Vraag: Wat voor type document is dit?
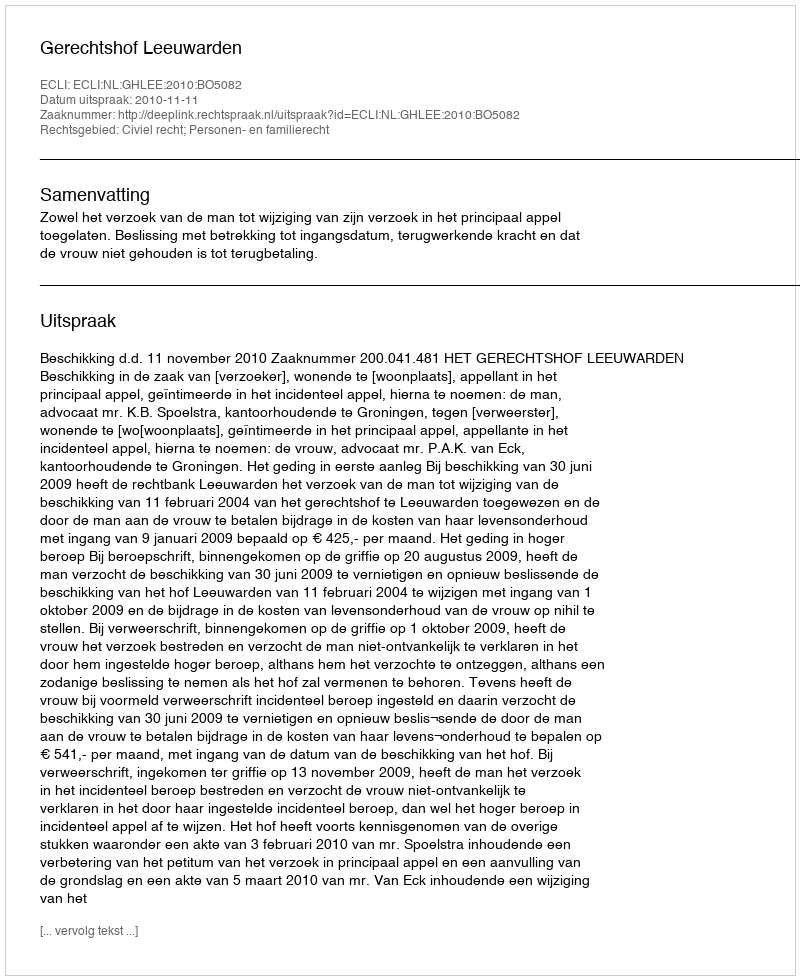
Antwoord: Uitspraak